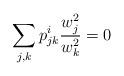
LaTeX: \begin{align*}\sum_{j,k}p_{jk}^i \frac{w_j^2}{w_k^2}=0\end{align*}